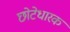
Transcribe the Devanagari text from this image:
छोटेधारक